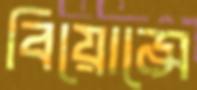
বিয়োন্সে